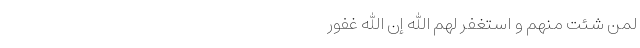
لِمَن شِئتَ مِنهُم وَ استَغفِر لَهُمُ اللَّهَ إِنَّ اللَّهَ غَفُورٌ